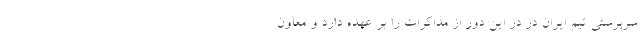
سرپرستی تیم ایران در در این دور از مذاکرات را بر عهده دارد و معاون